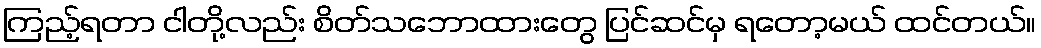
ကြည့်ရတာ ငါတို့လည်း စိတ်သဘောထားတွေ ပြင်ဆင်မှ ရတော့မယ် ထင်တယ်။